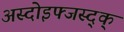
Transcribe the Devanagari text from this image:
अस्दोइफ्जस्द्क्